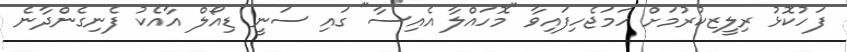
ފަހުކޮޅު ރިލީޒކުރުމަށް ހަމަޖެހިފައިވާ "މޮހައްލާ އެއިސާ" ގައި ސަނީ ޑިއޯލް އާއެކު ފެނިގެންދާނެ